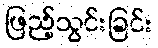
ဖြည့်သွင်းခြင်း